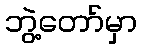
ဘွဲ့တော်မှာ